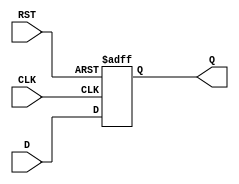
module FeedbackRegister (
    input wire D,        // Data input
    input wire CLK,      // Clock signal
    input wire RST,      // Asynchronous reset signal
    output reg Q         // Output (current stored value)
);

// Asynchronous reset and synchronous update on clock edge
always @(posedge CLK or posedge RST) begin
    if (RST) begin
        Q <= 1'b0;      // Reset the output to 0
    end else begin
        Q <= D;         // Update output with input value
    end
end

endmodule